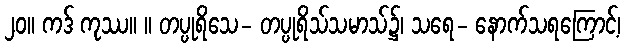
၂၀။ ကဒ် ကုဿ။ ။ တပ္ပုရိသေ- တပ္ပုရိသ်သမာသ်၌၊ သရေ- နောက်သရကြောင့်၊